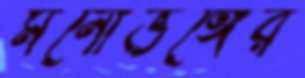
মনোভঙ্গের